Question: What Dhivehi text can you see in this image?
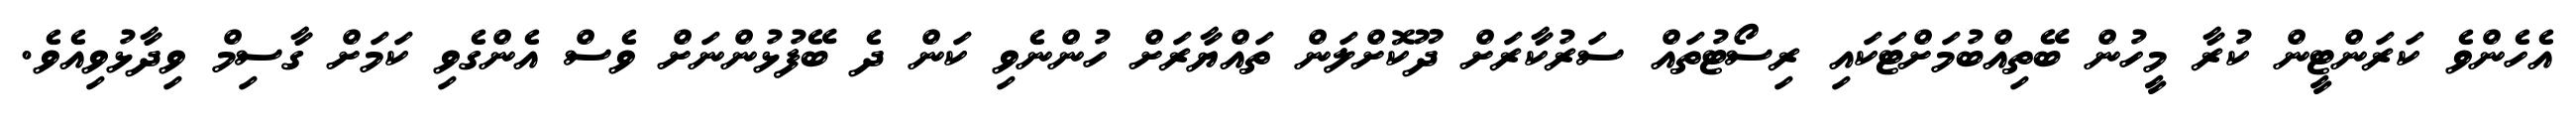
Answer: އެހެންވެ ކަރަންޓީން ކުރާ މީހުން ބޭތިއްބުމަށްޓަކައި ރިސޯޓުތައް ސަރުކާރަށް ދޫކޮށްލަން ތައްޔާރަށް ހުންނެވި ކަން ދެ ބޭފުޅުންނަށް ވެސް އެންގެވި ކަމަށް ގާސިމް ވިދާޅުވިއެވެ.